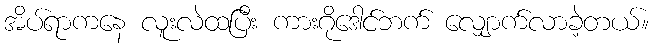
အိပ်ရာကနေ လူးလဲထပြီး ကားဂိုဒေါင်ဘက် လျှောက်လာခဲ့တယ်။